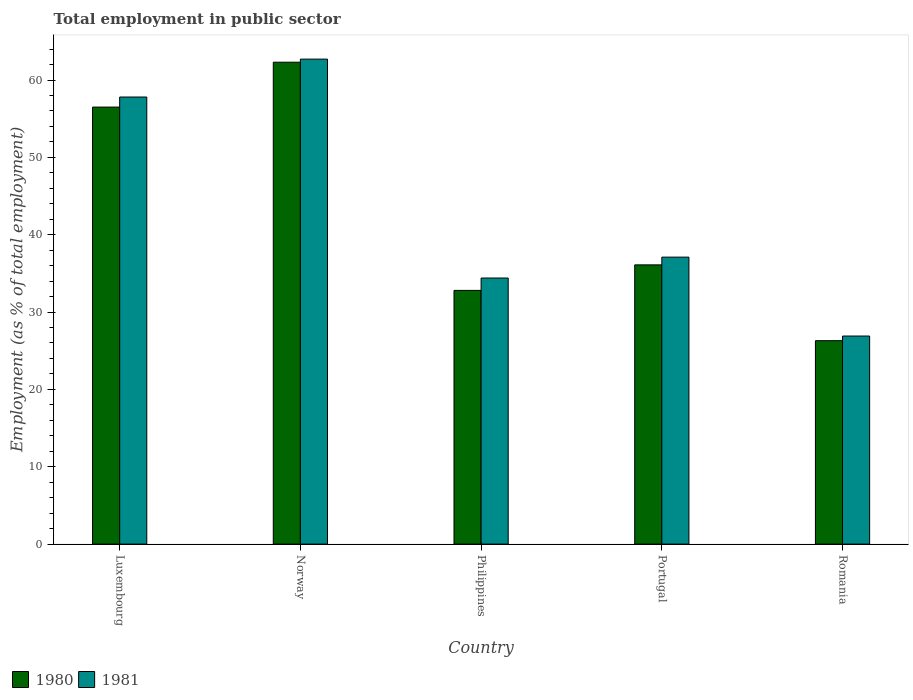
| Country | 1980 | 1981 |
 | --- | --- | --- |
 | Luxembourg | 56.5 | 57.8 |
 | Norway | 62.3 | 62.7 |
 | Philippines | 32.8 | 34.4 |
 | Portugal | 36.1 | 37.1 |
 | Romania | 26.3 | 26.9 |